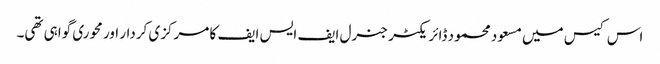
اس کیس میں مسعود محمود ڈائر یکٹر جنرل ایف ایس ایف کا مرکزی کردار اور محوری گواہی تھی۔